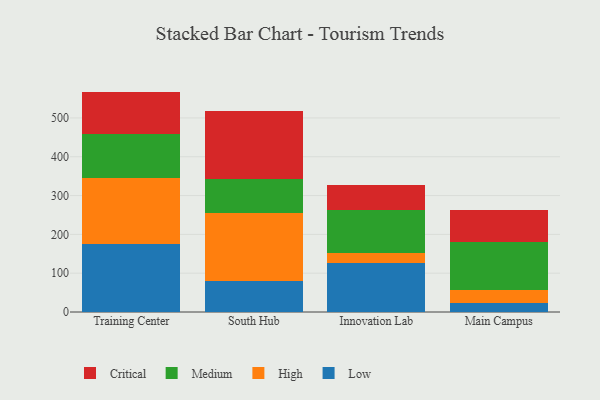
{"axis": {"x": "Campus", "y": "Conversion Rate (%)"}, "legend": ["Critical", "High", "Low", "Medium"], "data": [{"x": "Training Center", "y": 174.6, "type": "Low"}, {"x": "Training Center", "y": 171.8, "type": "High"}, {"x": "Training Center", "y": 112.6, "type": "Medium"}, {"x": "Training Center", "y": 108.9, "type": "Critical"}, {"x": "South Hub", "y": 80.1, "type": "Low"}, {"x": "South Hub", "y": 174.5, "type": "High"}, {"x": "South Hub", "y": 88.3, "type": "Medium"}, {"x": "South Hub", "y": 174.8, "type": "Critical"}, {"x": "Innovation Lab", "y": 125.4, "type": "Low"}, {"x": "Innovation Lab", "y": 27.2, "type": "High"}, {"x": "Innovation Lab", "y": 110.0, "type": "Medium"}, {"x": "Innovation Lab", "y": 64.2, "type": "Critical"}, {"x": "Main Campus", "y": 23.7, "type": "Low"}, {"x": "Main Campus", "y": 32.2, "type": "High"}, {"x": "Main Campus", "y": 125.5, "type": "Medium"}, {"x": "Main Campus", "y": 82.0, "type": "Critical"}]}